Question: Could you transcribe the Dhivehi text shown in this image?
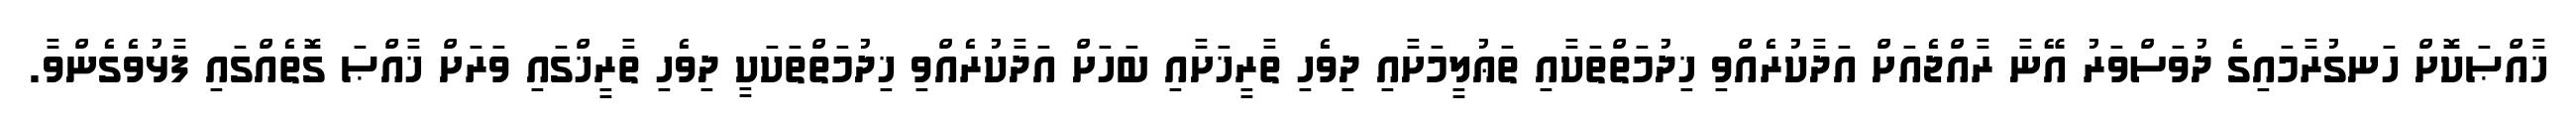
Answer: ޚާއްޞަކޮށް ހަނގުރާމައިގެ ދުވަސްވަރު އޭނާ ރާއްޖެއަށް އަދާކުރެއްވި ޚިދުމަތްތަކާއި ތަޢުލީމަށާއި ދިވެހި ތާރީޚަށާއި ބަހަށް އަދާކުރެއްވި ޚިދުމަތްތަކަކީ ދިވެހި ތާރީޚްގައި ވަރަށް ޚާއްޞަ ގޮތެއްގައި ފާޅުވެގެންވާ.